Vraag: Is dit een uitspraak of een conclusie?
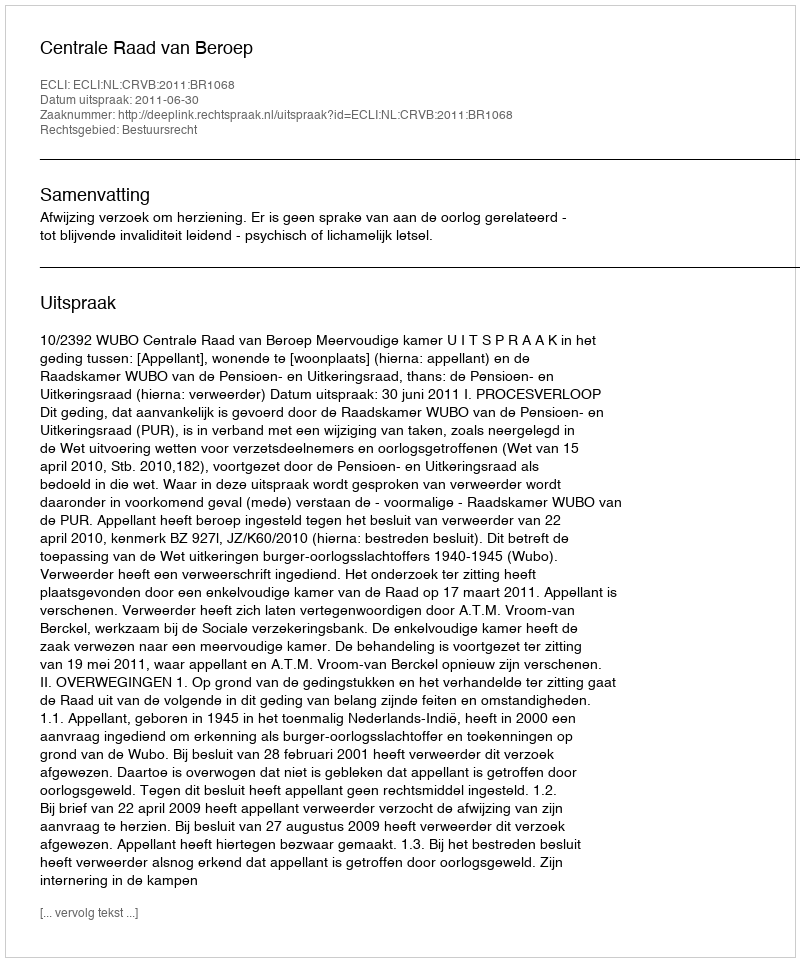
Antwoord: Uitspraak